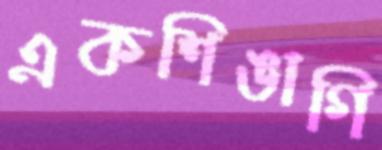
একশিঙাগি